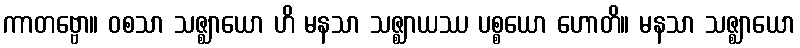
ကာတဗ္ဗော။ ဝစသာ သဇ္ဈာယော ဟိ မနသာ သဇ္ဈာယဿ ပစ္စယော ဟောတိ။ မနသာ သဇ္ဈာယော